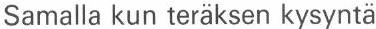
Samalla kun teräksen kysyntä